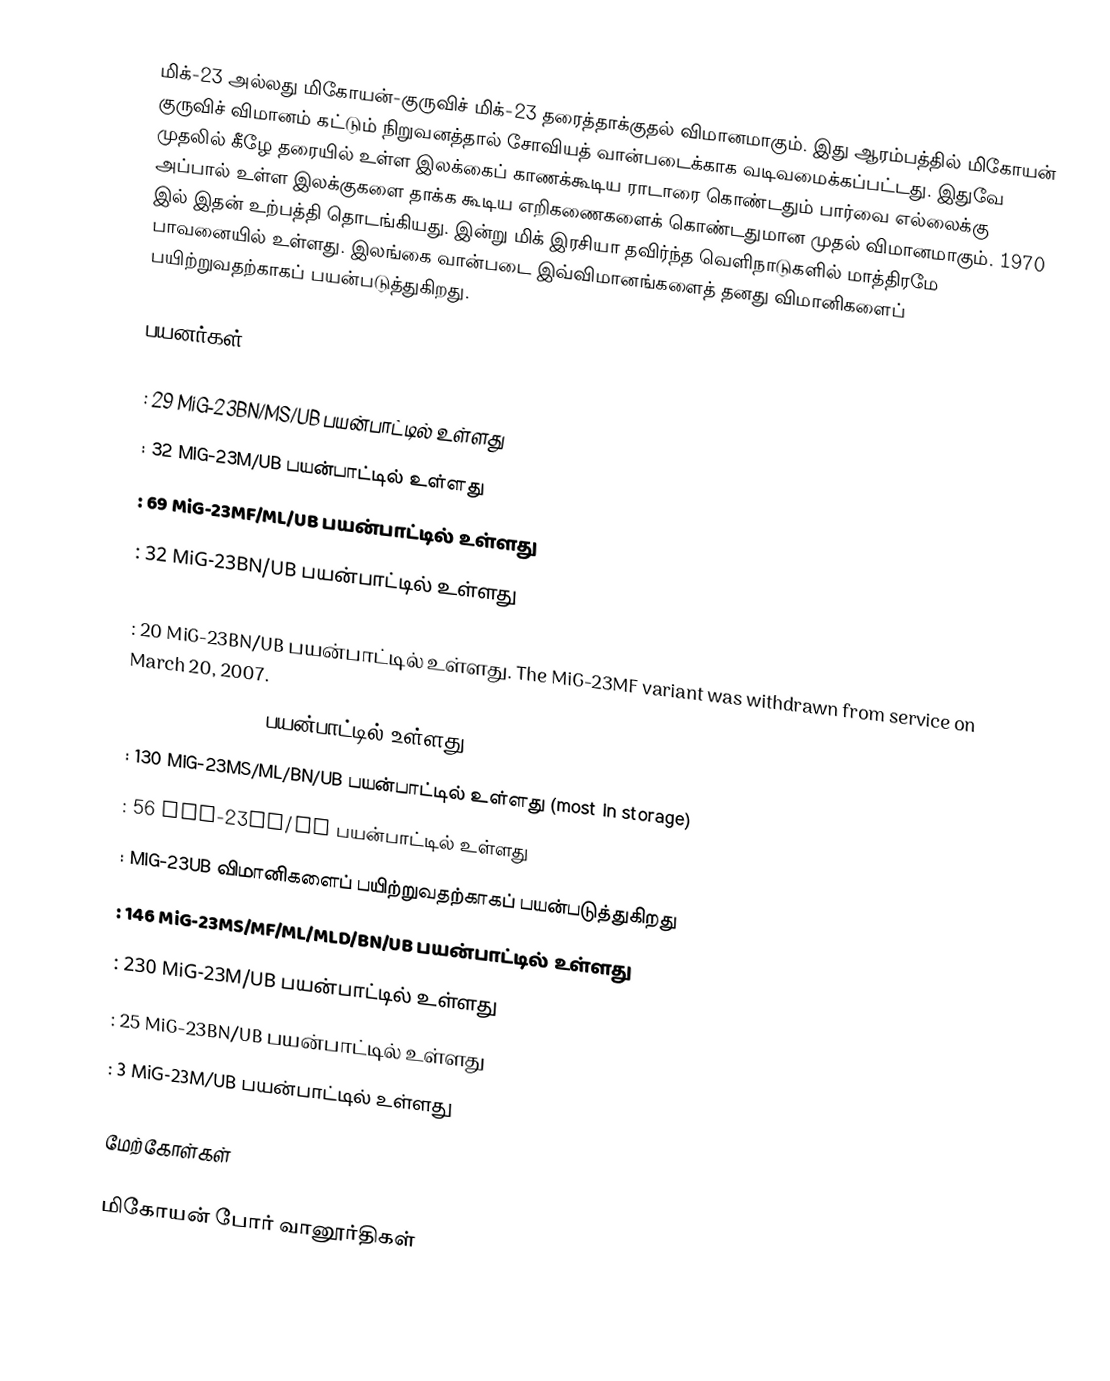
மிக்-23 அல்லது மிகோயன்-குருவிச் மிக்-23 தரைத்தாக்குதல் விமானமாகும். இது ஆரம்பத்தில் மிகோயன் குருவிச் விமானம் கட்டும் நிறுவனத்தால் சோவியத் வான்படைக்காக வடிவமைக்கப்பட்டது. இதுவே முதலில் கீழே தரையில் உள்ள இலக்கைப் காணக்கூடிய ராடாரை கொண்டதும் பார்வை எல்லைக்கு அப்பால் உள்ள இலக்குகளை தாக்க கூடிய எறிகணைகளைக் கொண்டதுமான முதல் விமானமாகும். 1970 இல் இதன் உற்பத்தி தொடங்கியது. இன்று மிக் இரசியா தவிர்ந்த வெளிநாடுகளில் மாத்திரமே பாவனையில் உள்ளது. இலங்கை வான்படை இவ்விமானங்களைத் தனது விமானிகளைப் பயிற்றுவதற்காகப் பயன்படுத்துகிறது.

பயனர்கள்

 : 29 MiG-23BN/MS/UB பயன்பாட்டில் உள்ளது
 : 32 MiG-23M/UB பயன்பாட்டில் உள்ளது
 : 69 MiG-23MF/ML/UB பயன்பாட்டில் உள்ளது
 : 32 MiG-23BN/UB பயன்பாட்டில் உள்ளது

 : 20 MiG-23BN/UB பயன்பாட்டில் உள்ளது. The MiG-23MF variant was withdrawn from service on March 20, 2007.
 : 100 MiG-23M/UB பயன்பாட்டில் உள்ளது
 : 130 MiG-23MS/ML/BN/UB பயன்பாட்டில் உள்ளது (most in storage)
 : 56 MiG-23ML/UB பயன்பாட்டில் உள்ளது
 : MiG-23UB விமானிகளைப் பயிற்றுவதற்காகப் பயன்படுத்துகிறது
 : 146 MiG-23MS/MF/ML/MLD/BN/UB பயன்பாட்டில் உள்ளது
 : 230 MiG-23M/UB பயன்பாட்டில் உள்ளது
 : 25 MiG-23BN/UB பயன்பாட்டில் உள்ளது
 : 3 MiG-23M/UB பயன்பாட்டில் உள்ளது

மேற்கோள்கள்

மிகோயன் போர் வானூர்திகள்